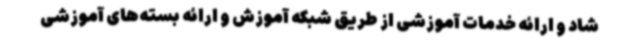
شاد و ارائه خدمات آموزشی از طریق شبکه آموزش و ارائه بسته‌های آموزشی